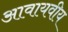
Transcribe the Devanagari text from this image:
आवायवीय